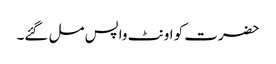
حضرت کو اونٹ واپس مل گئے۔